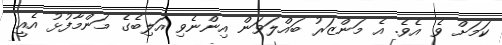
ކަމަށް ވެ އެވެ. އެ މަންޒަރު ބައްލަވަން އިންނެވި އަލިބެގެ މަންމާފުޅު އެއީ